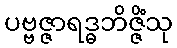
ပဗ္ဗဇ္ဇာရဒ္ဓဘိဇ္ဇိံသု